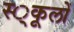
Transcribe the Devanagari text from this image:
स्‍्कूलों